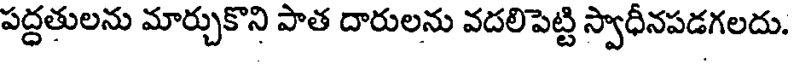
పద్ధతులను మార్చుకొని పాత దారులను వదలిపెట్టి స్వాధీనపడగలదు.